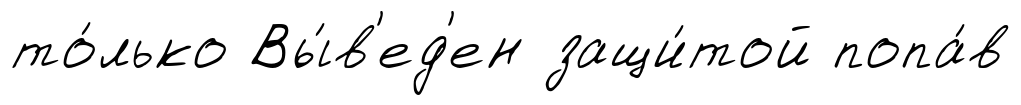
то́лько Вы́в'ед'ен защи́той попа́в